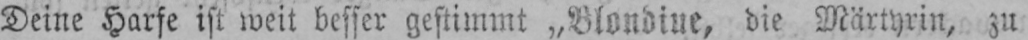
Deine Harfe ist weit besser gestimmt „Blondine, die Märtyrin, zu